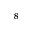
^ { 8 }